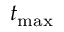
t _ { \mathrm { m a x } }